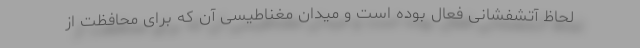
لحاظ آتشفشانی فعال بوده است و میدان مغناطیسی آن که برای محافظت از